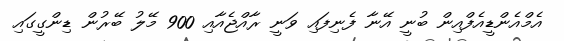
އެމްއެންޑީއެފްއިން ބުނީ އޭނާ ފެނިފައި ވަނީ ރާއްޖެއާއި 900 މޭލު ބޭރުން ޑިންގީގައި